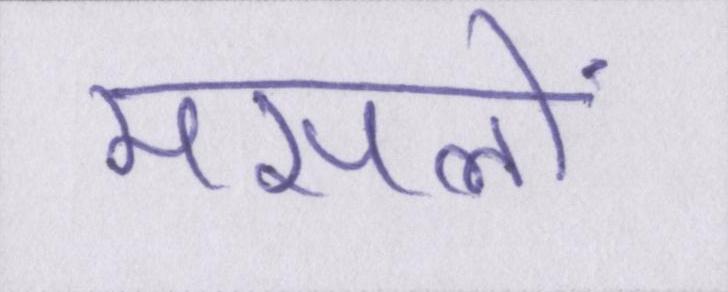
मसलों